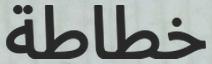
خطاطة